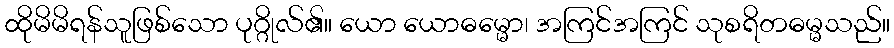
ထိုမိမိရန်သူဖြစ်သော ပုဂ္ဂိုလ်၏။ ယော ယောဓမ္မော၊ အကြင်အကြင် သုစရိတဓမ္မသည်။